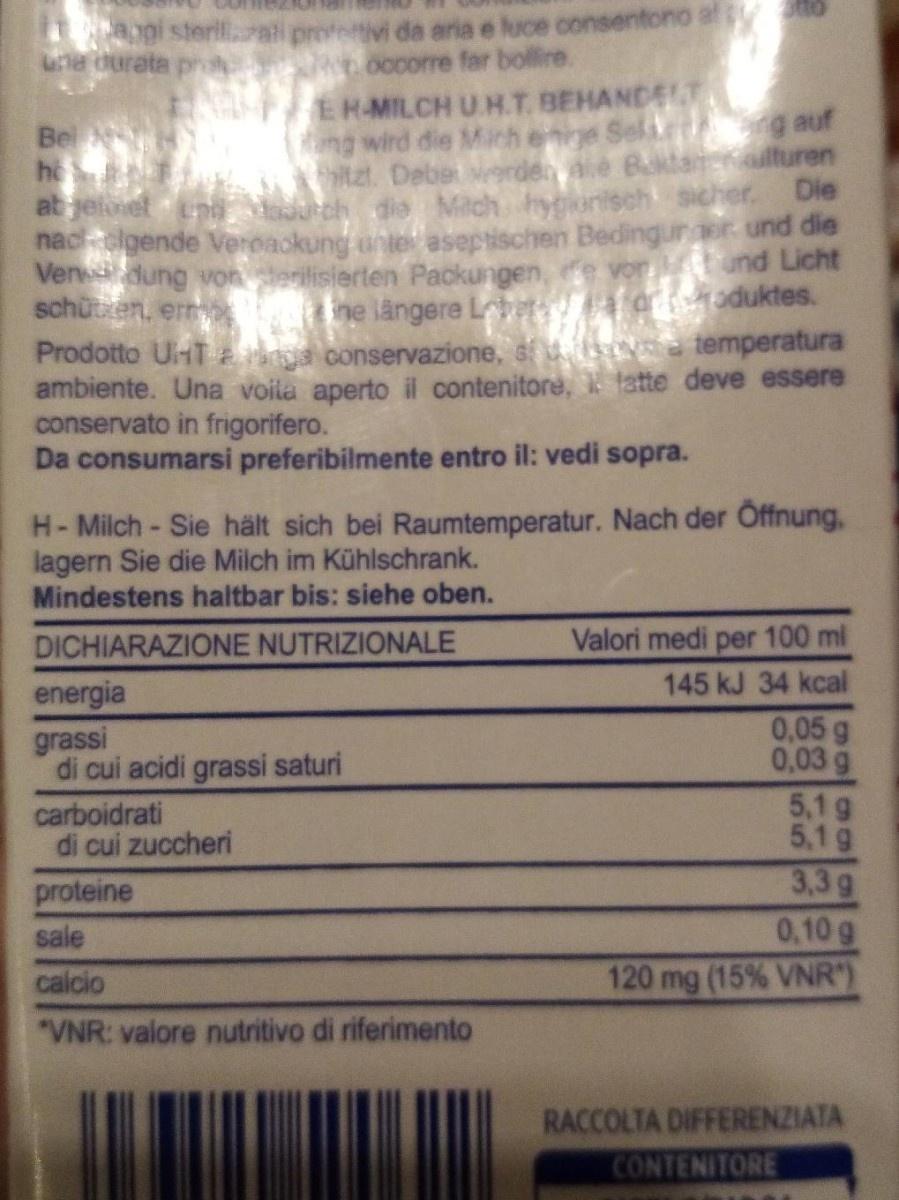
gi sterilati provetivi da aria e luce consentono a ue durata pr
.0ccorre far bollire.
EH-MILCH U H.T. BEHANDET ng wird die Mich enige Selir ng auf tzt. Debe werden
Bel
Baktanlturen
at jelnel tn Vourch die Mitch hygionisch sicher. Die naclgende Veroackung unte aseptischen Bedinguraer und die Ven dung von terilisierten Packungen, e vor und Licht schüten, err s Prodotto UHT vàna conservazione, s sa temperatura ambiente. Una voila aperto il contenitore, k tatte deve essere conservato in frigorifero. Da consumarsi preferibilmente entro il: vedi sopra.
ne längere Lbe aaduktes.
H-Milch- Sie hält sich bei Raumtemperatur. Nach der Offnung, lagern Sie die Milch im Kühlschrank. Mindestens haltbar bis: siehe oben.
DICHIARAZIONE NUTRIZIONALE
Valori medi per 100 ml
145 kJ 34 kcal
energia
0,05 g 0,03 g 5,1 g 5,1 g 3,3 g 0.10 g 120 mg (15% VNR)
grassi di cui acidi grassi saturi
carboidrati di cui zuccheri
proteine
sale
calcio
"VNR: valore nutritivo di riferimento
RACCOLTA DIFFERENZIATA CONTENITORE